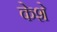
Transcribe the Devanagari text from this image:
केशे